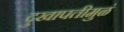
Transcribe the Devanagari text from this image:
दुखापतीमुळं